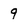
Character: 9